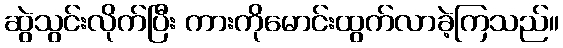
ဆွဲသွင်းလိုက်ပြီး ကားကိုမောင်းထွက်လာခဲ့ကြသည်။